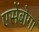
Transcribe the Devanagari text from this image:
एसेंबोगा